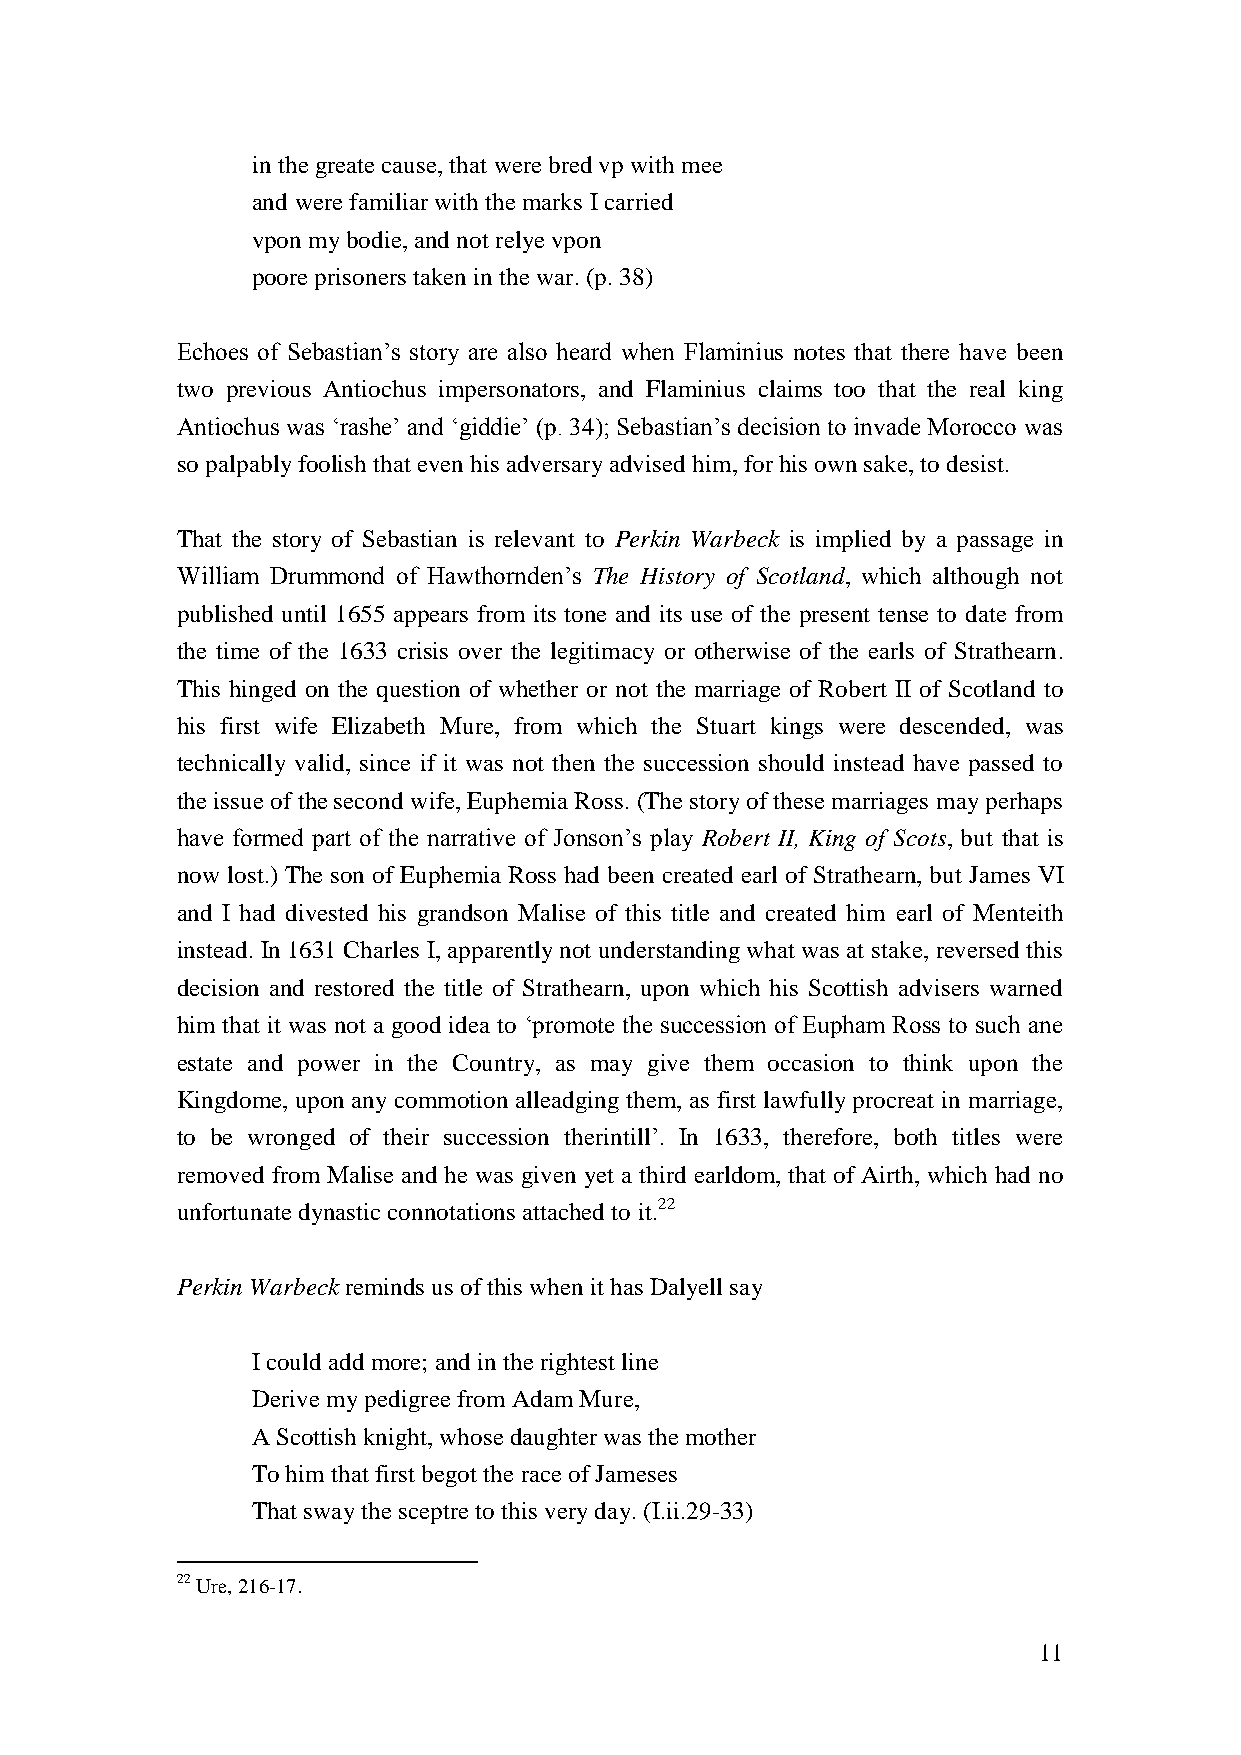
in the greate cause, that were bred vp with mee
 and were familiar with the marks I carried
 vpon my bodie, and not relye vpon
 poore prisoners taken in the war. (p. 38)
 Echoes of Sebastian’s story are also heard when Flaminius notes that there have been
 two previous Antiochus impersonators, and Flaminius claims too that the real king
 Antiochus was ‘rashe’ and ‘giddie’ (p. 34); Sebastian’s decision to invade Morocco was
 so palpably foolish that even his adversary advised him, for his own sake, to desist.
 That the story of Sebastian is relevant to Perkin Warbeck is implied by a passage in
 William Drummond of Hawthornden’s The History of Scotland, which although not
 published until 1655 appears from its tone and its use of the present tense to date from
 the time of the 1633 crisis over the legitimacy or otherwise of the earls of Strathearn.
 This hinged on the question of whether or not the marriage of Robert II of Scotland to
 his first wife Elizabeth Mure, from which the Stuart kings were descended, was
 technically valid, since if it was not then the succession should instead have passed to
 the issue of the second wife, Euphemia Ross. (The story of these marriages may perhaps
 have formed part of the narrative of Jonson’s play Robert II, King of Scots, but that is
 now lost.) The son of Euphemia Ross had been created earl of Strathearn, but James VI
 and I had divested his grandson Malise of this title and created him earl of Menteith
 instead. In 1631 Charles I, apparently not understanding what was at stake, reversed this
 decision and restored the title of Strathearn, upon which his Scottish advisers warned
 him that it was not a good idea to ‘promote the succession of Eupham Ross to such ane
 estate and power in the Country, as may give them occasion to think upon the
 Kingdome, upon any commotion alleadging them, as first lawfully procreat in marriage,
 to be wronged of their succession therintill’. In 1633, therefore, both titles were
 removed from Malise and he was given yet a third earldom, that of Airth, which had no
 unfortunate dynastic connotations attached to it.22
 Perkin Warbeck reminds us of this when it has Dalyell say
 I could add more; and in the rightest line
 Derive my pedigree from Adam Mure,
 A Scottish knight, whose daughter was the mother
 To him that first begot the race of Jameses
 That sway the sceptre to this very day. (I.ii.29-33)
 22 Ure, 216-17.
 11